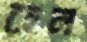
হেন